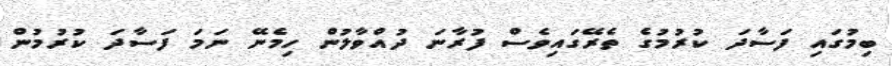
ބިމުގައި ފަސާދަ ކުރުމުގެ ތެރޭގައިވެސް ފުރާނަ ދުއްވާލުން ހިމެނޭ ނަމަ ފަސާދަ ކުރުމުން